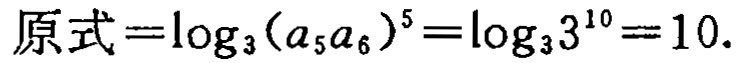
\(原式=\log _{3}(a_{5}a_{6})^{5}=\log _{3}3^{10}=10.\)